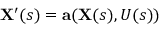
\mathbf { X } ^ { \prime } ( s ) = \mathbf { a } ( \mathbf { X } ( s ) , U ( s ) )